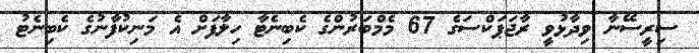
ސިރީސޭނާ ވިދާޅުވީ ރާޖަޕަކްސަގެ 67 މެމްބަރުންގެ ކެބިނެޓާ ހިލާފަށް އެ މަނިކުފާނުގެ ކެބިނެޓު